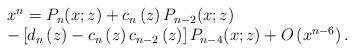
LaTeX: \begin{align*}\begin{tabular}[c]{l}$x^{n}=P_{n}(x;z)+c_{n}\left( z\right) P_{n-2}(x;z)$\\$-\left[ d_{n}\left( z\right) -c_{n}\left( z\right) c_{n-2}\left(z\right) \right] P_{n-4}(x;z)+O\left( x^{n-6}\right) .$\end{tabular}\end{align*}